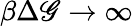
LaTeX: \beta\Delta\mathscr{G}\rightarrow\infty